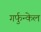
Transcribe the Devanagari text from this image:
गर्फुन्केल